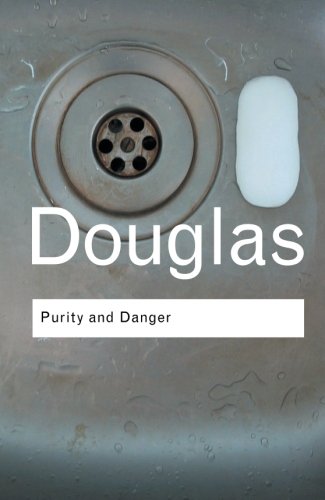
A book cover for Purity and Danger: An Analysis of Concepts of Pollution and Taboo (Routledge Classics); Mary Douglas; Science & Math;